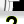
Digit: 2